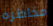
مخاطره